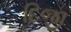
દિજી